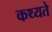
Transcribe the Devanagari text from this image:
कथ्यते